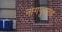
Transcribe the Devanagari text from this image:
नागपूरसह